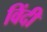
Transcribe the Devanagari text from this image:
विंदी